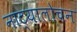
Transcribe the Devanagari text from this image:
नाट्यालोचन